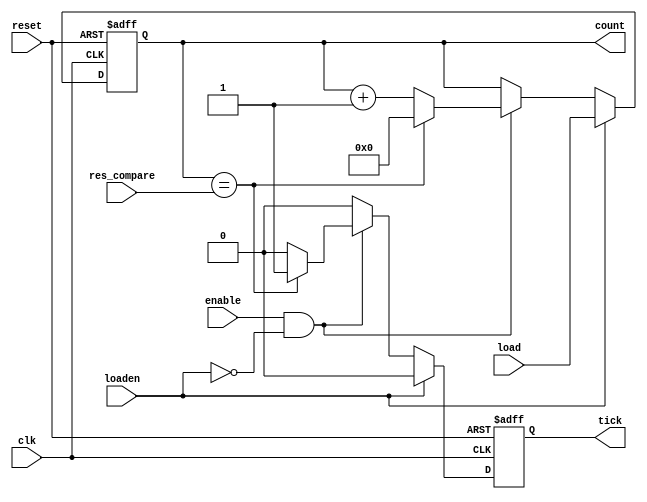
module clock_SM (clk, enable, reset, res_compare, tick, count, load, loaden);


input clk, reset, enable, loaden;
input[6:0] res_compare;
input[6:0] load;
output reg tick = 0;
output reg[6:0] count = 0;


always @(posedge clk, negedge reset)
begin
	if (~reset)
		begin
			count <= 7'd0;
			tick <= 1'b0;
		end
	else
		begin
			if (loaden)
				begin
						count <= load;
						tick <= 1'b0;
				end	
			else if (enable & !loaden)
			begin
				if (count == res_compare)
					begin
						count <= 7'd0;
						tick <= 1'b1;
					end
				else
					begin
						count <= count+7'd1;
						tick <= 1'b0;
					end
			end
			else tick <= 1'b0;
		end
end		
endmodule